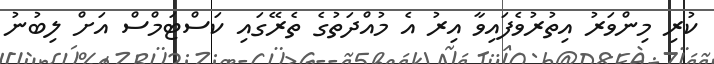
ކުރި މިންވަރު އިތުރުވެފައިވާ އިރު އެ މުއްދަތުގެ ތެރޭގައި ކަސްޓަމްސް އަށް ލިބުނު